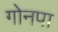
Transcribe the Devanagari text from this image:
गोनपा